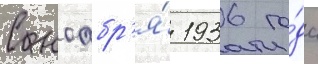
С ноабр'я́ 1936 го́да